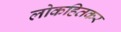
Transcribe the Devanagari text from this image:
लोकहितकर